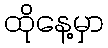
ထိုနေ့မှာ